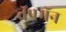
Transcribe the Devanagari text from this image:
चॅपमॅन